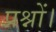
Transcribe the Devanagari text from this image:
प्रश्नों।